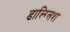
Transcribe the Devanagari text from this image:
डाल्ग्लिश